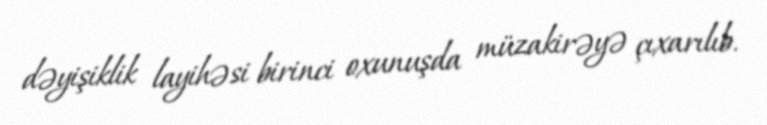
dəyişiklik layihəsi birinci oxunuşda müzakirəyə çıxarılıb.